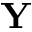
\mathbf { Y }